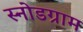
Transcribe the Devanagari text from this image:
स्नोडग्राम